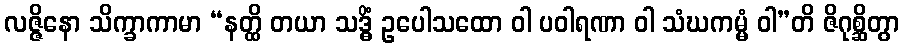
လဇ္ဇိနော သိက္ခာကာမာ “နတ္ထိ တယာ သဒ္ဓိံ ဥပေါသထော ဝါ ပဝါရဏာ ဝါ သံဃကမ္မံ ဝါ”တိ ဇိဂုစ္ဆိတွာ